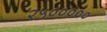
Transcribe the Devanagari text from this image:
२५०००००